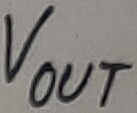
Text: VOUT